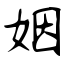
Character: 姻